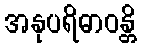
အနုပရိဓာဝန္တိ